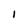
Character: 1